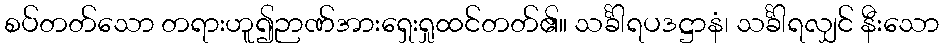
စပ်တတ်သော တရားဟူ၍ဉာဏ်အားရှေးရှုထင်တတ်၏။ သင်္ခါရပဒဋ္ဌာနံ၊ သင်္ခါရလျှင် နီးသော